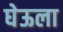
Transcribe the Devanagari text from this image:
घेऊला